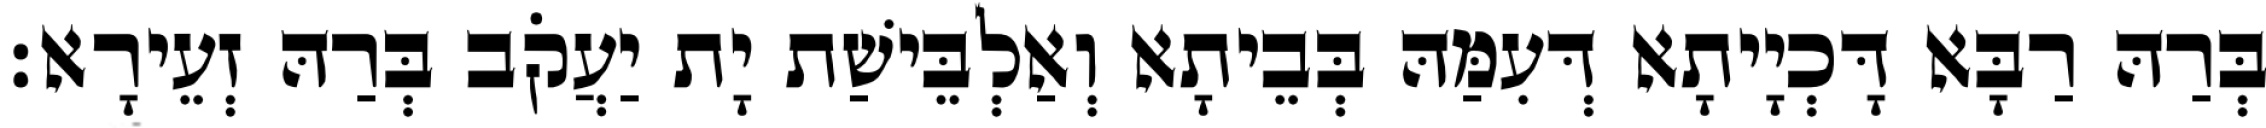
בְּרַהּ רַבָּא דָּכְיָיתָא דְּעִמַּהּ בְּבֵיתָא וְאַלְבֵּישַׁת יָת יַעֲקֹב בְּרַהּ זְעֵירָא׃